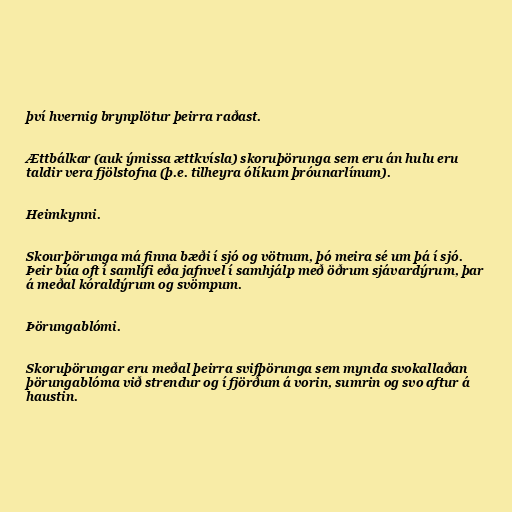
því hvernig brynplötur þeirra raðast.

Ættbálkar (auk ýmissa ættkvísla) skoruþörunga sem eru án hulu eru
taldir vera fjölstofna (þ.e. tilheyra ólíkum þróunarlínum).

Heimkynni.

Skourþörunga má finna bæði í sjó og vötnum, þó meira sé um þá í sjó.
Þeir búa oft í samlífi eða jafnvel í samhjálp með öðrum sjávardýrum, þar
á meðal kóraldýrum og svömpum.

Þörungablómi.

Skoruþörungar eru meðal þeirra svifþörunga sem mynda svokallaðan
þörungablóma við strendur og í fjörðum á vorin, sumrin og svo aftur á
haustin.